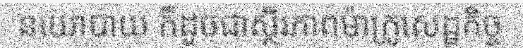
នយោបាយ ក៏ដូចជាស្ថិរភាពម៉ាក្រូសេដ្ឋកិច្ច